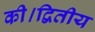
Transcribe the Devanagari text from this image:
की।द्वितीय